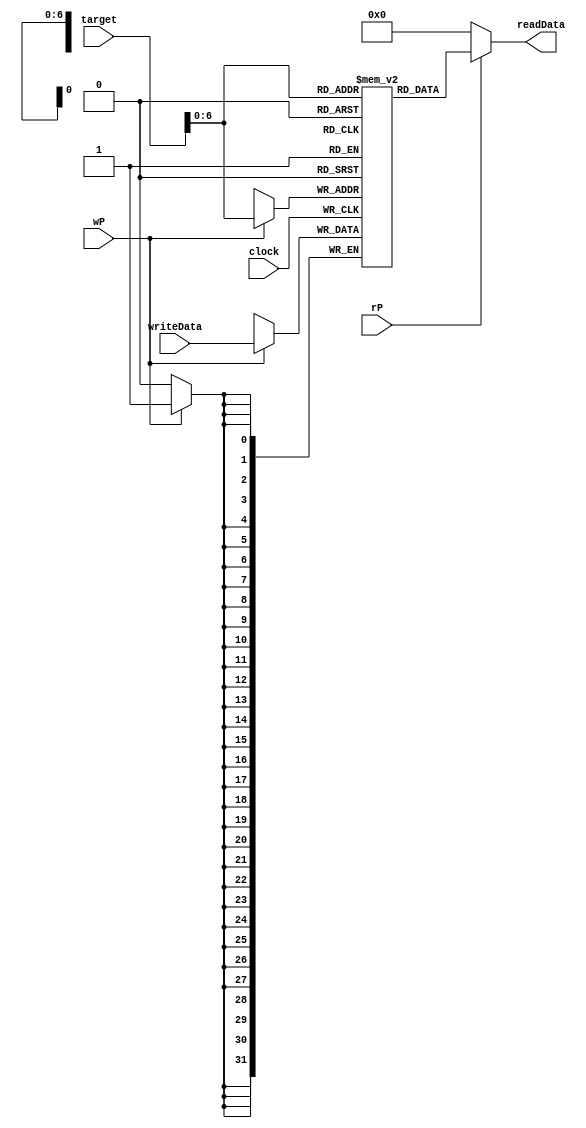
module dataMem(input clock, wP, rP,
				input [31:0] target,
				input [31:0] writeData,
				output [31:0] readData);

	reg [31:0] dMem [0:127];
	always @(posedge clock)
	begin
		if(wP==1)
			dMem[target] = writeData;
	end
		assign readData = (rP==0) ? 0 : dMem[target];
endmodule